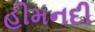
હીમનદી